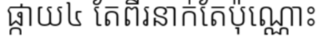
ផ្កាយ៤ តែពីរនាក់តែប៉ុណ្ណោះ